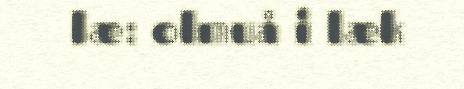
læ: olmuå i læk